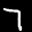
Label: 7